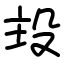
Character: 殶